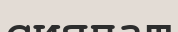
сияпат